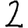
Digit: 2